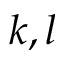
k , l